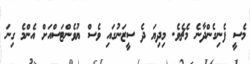
މެސީ ފެނިގެންދާނެ މެޗެވެ. މިދިޔަ ދެ ސީޒަނުގައި ވެސް ޔުވެންޓަސްއަށް އެންމެ ގިނަ